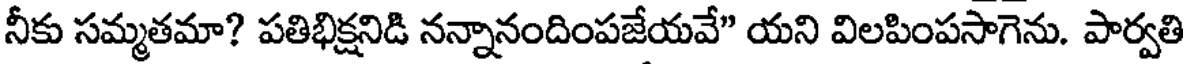
నీకు సమ్మతమా? పతిభిక్షనిడి నన్నానందింపజేయవే" యని విలపింపసాగెను. పార్వతి